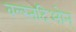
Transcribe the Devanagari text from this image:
वल्स्तदिओन्